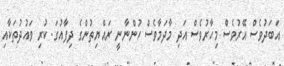
އަބަދުވެސް އޭރުވެސް މިހާރުވެސް އަދި މާދަމާވެސް ހުންނާނީ ރައްޔިތުންގެ ދިފާއުގަ. ކުރި ވައުދުތަކާއި